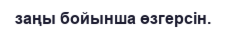
заңы бойынша өзгерсін.